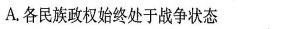
A.各民族政权始终处于战争状态